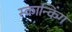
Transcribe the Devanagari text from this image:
स्कान्किंग